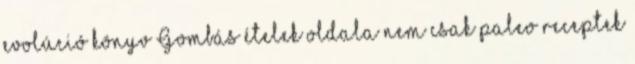
evolúció könyv Gombás ételek oldala nem csak paleo receptek